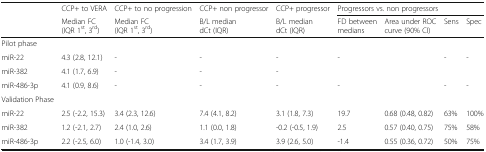
| <ROWSPAN=2>  | CCP+ to VERA | CCP+ to no progression | CCP+ non progressor | CCP+ progressor | <COLSPAN=4> Progressors vs. non progressors |
 | Median FC (IQR 1st, 3rd) | Median FC (IQR 1st, 3rd) | B/L median dCt (IQR) | B/L median dCt (IQR) | FD between medians | Area under ROC curve (90% CI) | Sens | Spec |
 | --- | --- | --- | --- | --- | --- | --- | --- | --- |
 | Pilot phase |  |  |  |  | <COLSPAN=2>  |  |  |
 | miR-22 | 4.3 (2.8, 12.1) | - | - | - | <COLSPAN=2> - | - | - |
 | miR-382 | 4.1 (1.7, 6.9) | - | - | - | <COLSPAN=2>  |  |  |
 | miR-486-3p | 4.1 (0.9, 8.6) | - | - | - | <COLSPAN=2> - | - | - |
 | Validation Phase |  |  |  |  | <COLSPAN=2>  |  |  |
 | miR-22 | 2.5 (-2.2, 15.3) | 3.4 (2.3, 12.6) | 7.4 (4.1, 8.2) | 3.1 (1.8, 7.3) | 19.7 | 0.68 (0.48, 0.82) | 63% | 100% |
 | miR-382 | 1.2 (-2.1, 2.7) | 2.4 (1.0, 2.6) | 1.1 (0.0, 1.8) | -0.2 (-0.5, 1.9) | 2.5 | 0.57 (0.40, 0.75) | 75% | 58% |
 | miR-486-3p | 2.2 (-2.5, 6.0) | 1.0 (-1.4, 3.0) | 3.4 (1.7, 3.9) | 3.9 (2.6, 5.0) | -1.4 | 0.55 (0.36, 0.72) | 50% | 75% |